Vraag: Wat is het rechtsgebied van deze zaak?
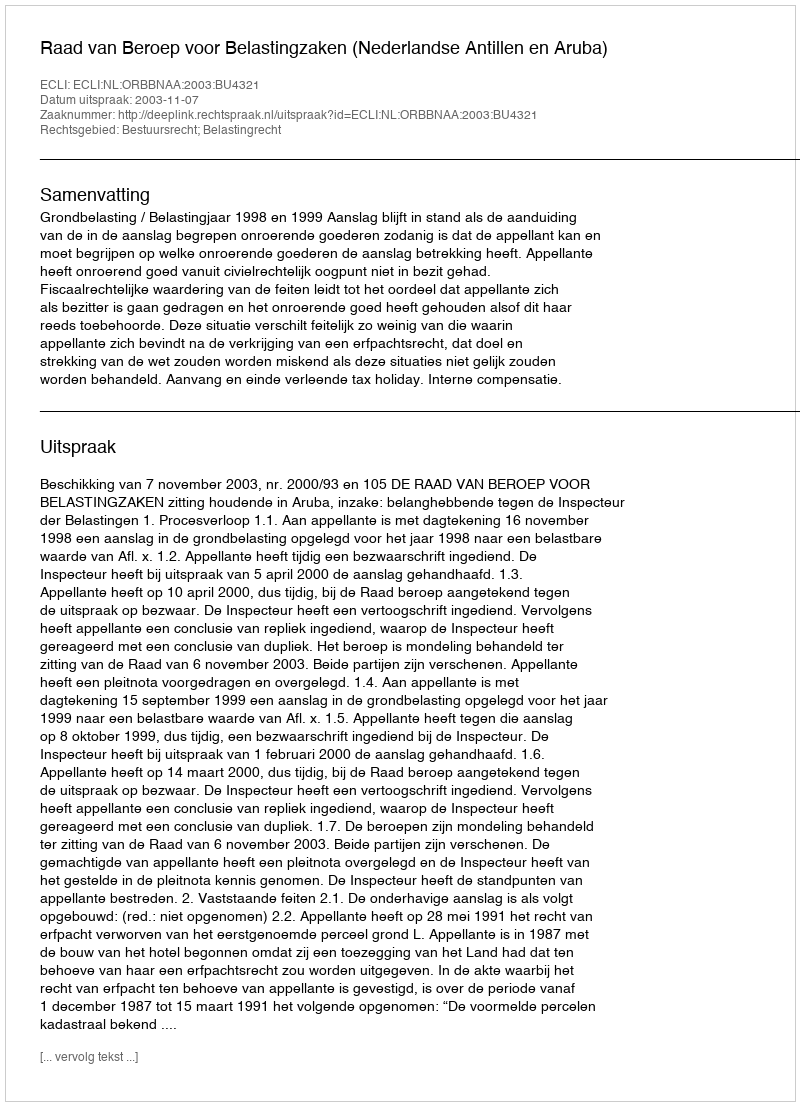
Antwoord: Bestuursrecht; Belastingrecht